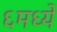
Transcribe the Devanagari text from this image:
६मध्ये